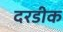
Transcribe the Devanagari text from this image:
दरडीक